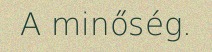
A minőség.